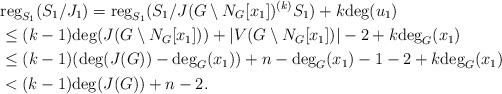
LaTeX: \begin{align*}& {\rm reg}_{S_1}(S_1/J_1)={\rm reg}_{S_1}(S_1/J(G\setminus N_G[x_1])^{(k)}S_1)+k{\rm deg}(u_1)\\& \leq (k-1){\rm deg}(J(G\setminus N_G[x_1]))+|V(G\setminus N_G[x_1])|-2+k{\rm deg}_G(x_1)\\& \leq (k-1)({\rm deg}(J(G))-{\rm deg}_G(x_1))+n-{\rm deg}_G(x_1)-1-2+k{\rm deg}_G(x_1)\\& < (k-1){\rm deg}(J(G))+n-2.\end{align*}